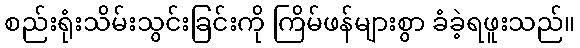
စည်းရုံးသိမ်းသွင်းခြင်းကို ကြိမ်ဖန်များစွာ ခံခဲ့ရဖူးသည်။